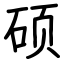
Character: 硕